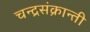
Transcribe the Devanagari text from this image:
चन्द्रसंक्रान्ती